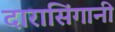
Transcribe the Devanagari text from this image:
दारासिंगानी